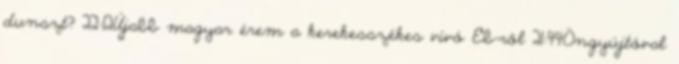
dunszt? 22:12Újabb magyar érem a kerekesszékes vívó Eb-ről 21:44Öngyújtóval